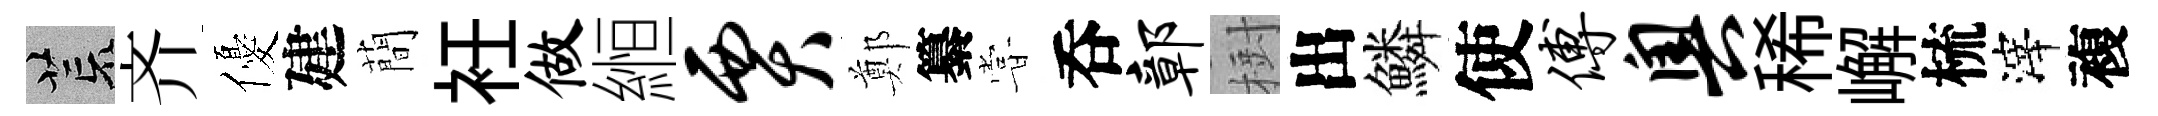
荒齐優建蕳衽做縆贾鄭纂甞呑鄣𣗳出鱗使傅奥稀嶰梳滓複